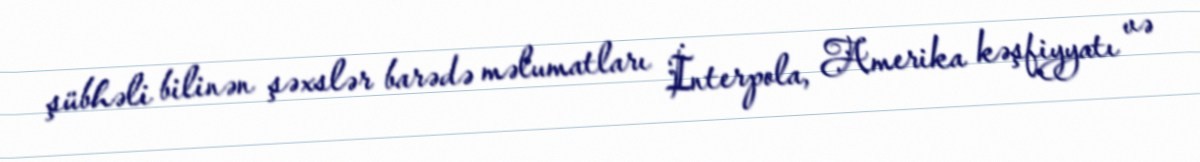
şübhəli bilinən şəxslər barədə məlumatları İnterpola, Amerika kəşfiyyatı və